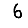
Digit: 6